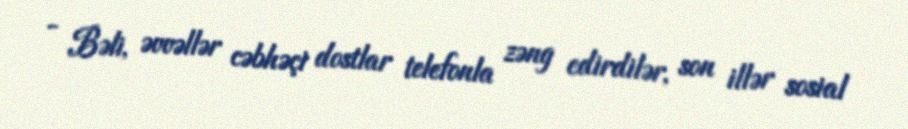
- Bəli, əvvəllər cəbhəçi dostlar telefonla zəng edirdilər, son illər sosial